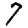
Digit: 7